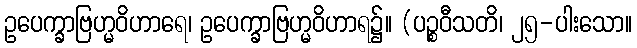
ဥပေက္ခာဗြဟ္မဝိဟာရေ၊ ဥပေက္ခာဗြဟ္မဝိဟာရ၌။ (ပဉ္စဝီသတိ၊ ၂၅-ပါးသော။